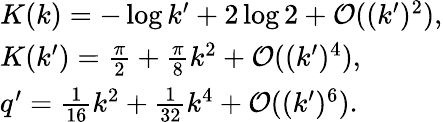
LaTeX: \begin{array}{l}{K(k)=-\log{k^{\prime}}+2\log{2}+\mathcal{O}((k^{\prime})^{2}),}\\ {K(k^{\prime})=\frac{\pi}{2}+\frac{\pi}{8}k^{2}+\mathcal{O}((k^{\prime})^{4}),}\\ {q^{\prime}=\frac{1}{16}k^{2}+\frac{1}{32}k^{4}+\mathcal{O}((k^{\prime})^{6}).}\end{array}